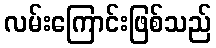
လမ်းကြောင်းဖြစ်သည်